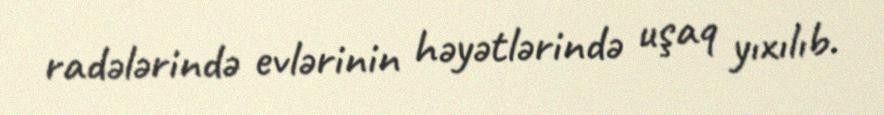
radələrində evlərinin həyətlərində uşaq yıxılıb.